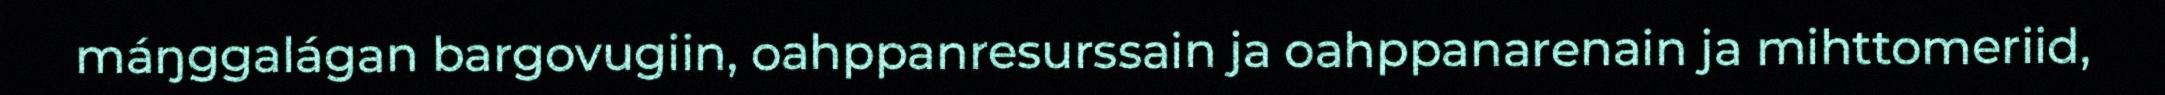
máŋggalágan bargovugiin, oahppanresurssain ja oahppanarenain ja mihttomeriid,